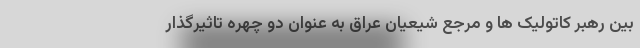
بین رهبر کاتولیک ها و مرجع شیعیان عراق به عنوان دو چهره تاثیرگذار